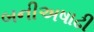
બનીઅષાઢી